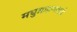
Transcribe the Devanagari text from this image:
मधुब्राह्मणाकडे